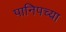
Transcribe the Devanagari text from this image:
पानिपच्या